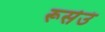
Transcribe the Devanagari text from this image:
रूसेउं